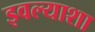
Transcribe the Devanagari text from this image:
इवल्याशा